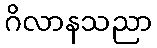
ဂိလာနသညာ